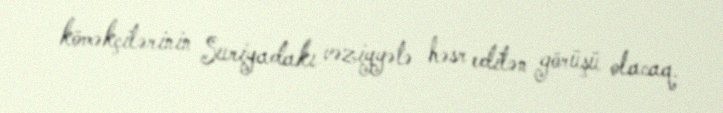
köməkçilərinin Suriyadakı vəziyyətə həsr edilən görüşü olacaq.